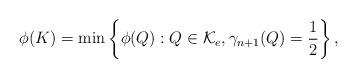
LaTeX: \begin{align*}\phi(K)=\min \left\{\phi(Q):Q\in \mathcal{K}_e,\gamma_{n+1}(Q)=\frac{1}{2}\right\},\end{align*}